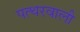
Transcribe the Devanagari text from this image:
पत्थरवाली